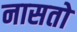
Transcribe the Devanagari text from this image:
नासतो